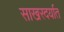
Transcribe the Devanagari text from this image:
साखरदर्यात